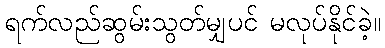
ရက်လည်ဆွမ်းသွတ်မျှပင် မလုပ်နိုင်ခဲ့။